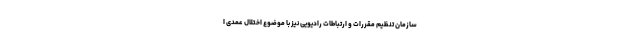
سازمان تنظیم مقررات و ارتباطات رادیویی نیز با موضوع اختلال عمدی ا